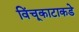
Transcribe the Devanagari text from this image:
विंचूकाटाकडे